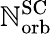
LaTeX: \mathbb{N}_{\mathrm{{orb}}}^{\mathrm{{SC}}}